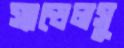
স্যান্ডেলসু